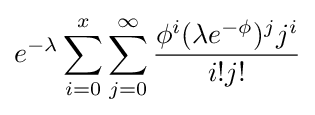
e^{-\lambda }\sum _{i=0}^{x}\sum _{j=0}^{\infty }{\frac {\phi ^{i}(\lambda e^{-\phi })^{j}j^{i}}{i!j!}}